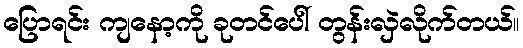
ပြောရင်း ကျနော့ကို ခုတင်ပေါ် တွန်းလှဲလိုက်တယ်။